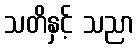
သတိနှင့် သညာ